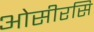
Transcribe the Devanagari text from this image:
ओसीरसि